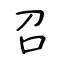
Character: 召